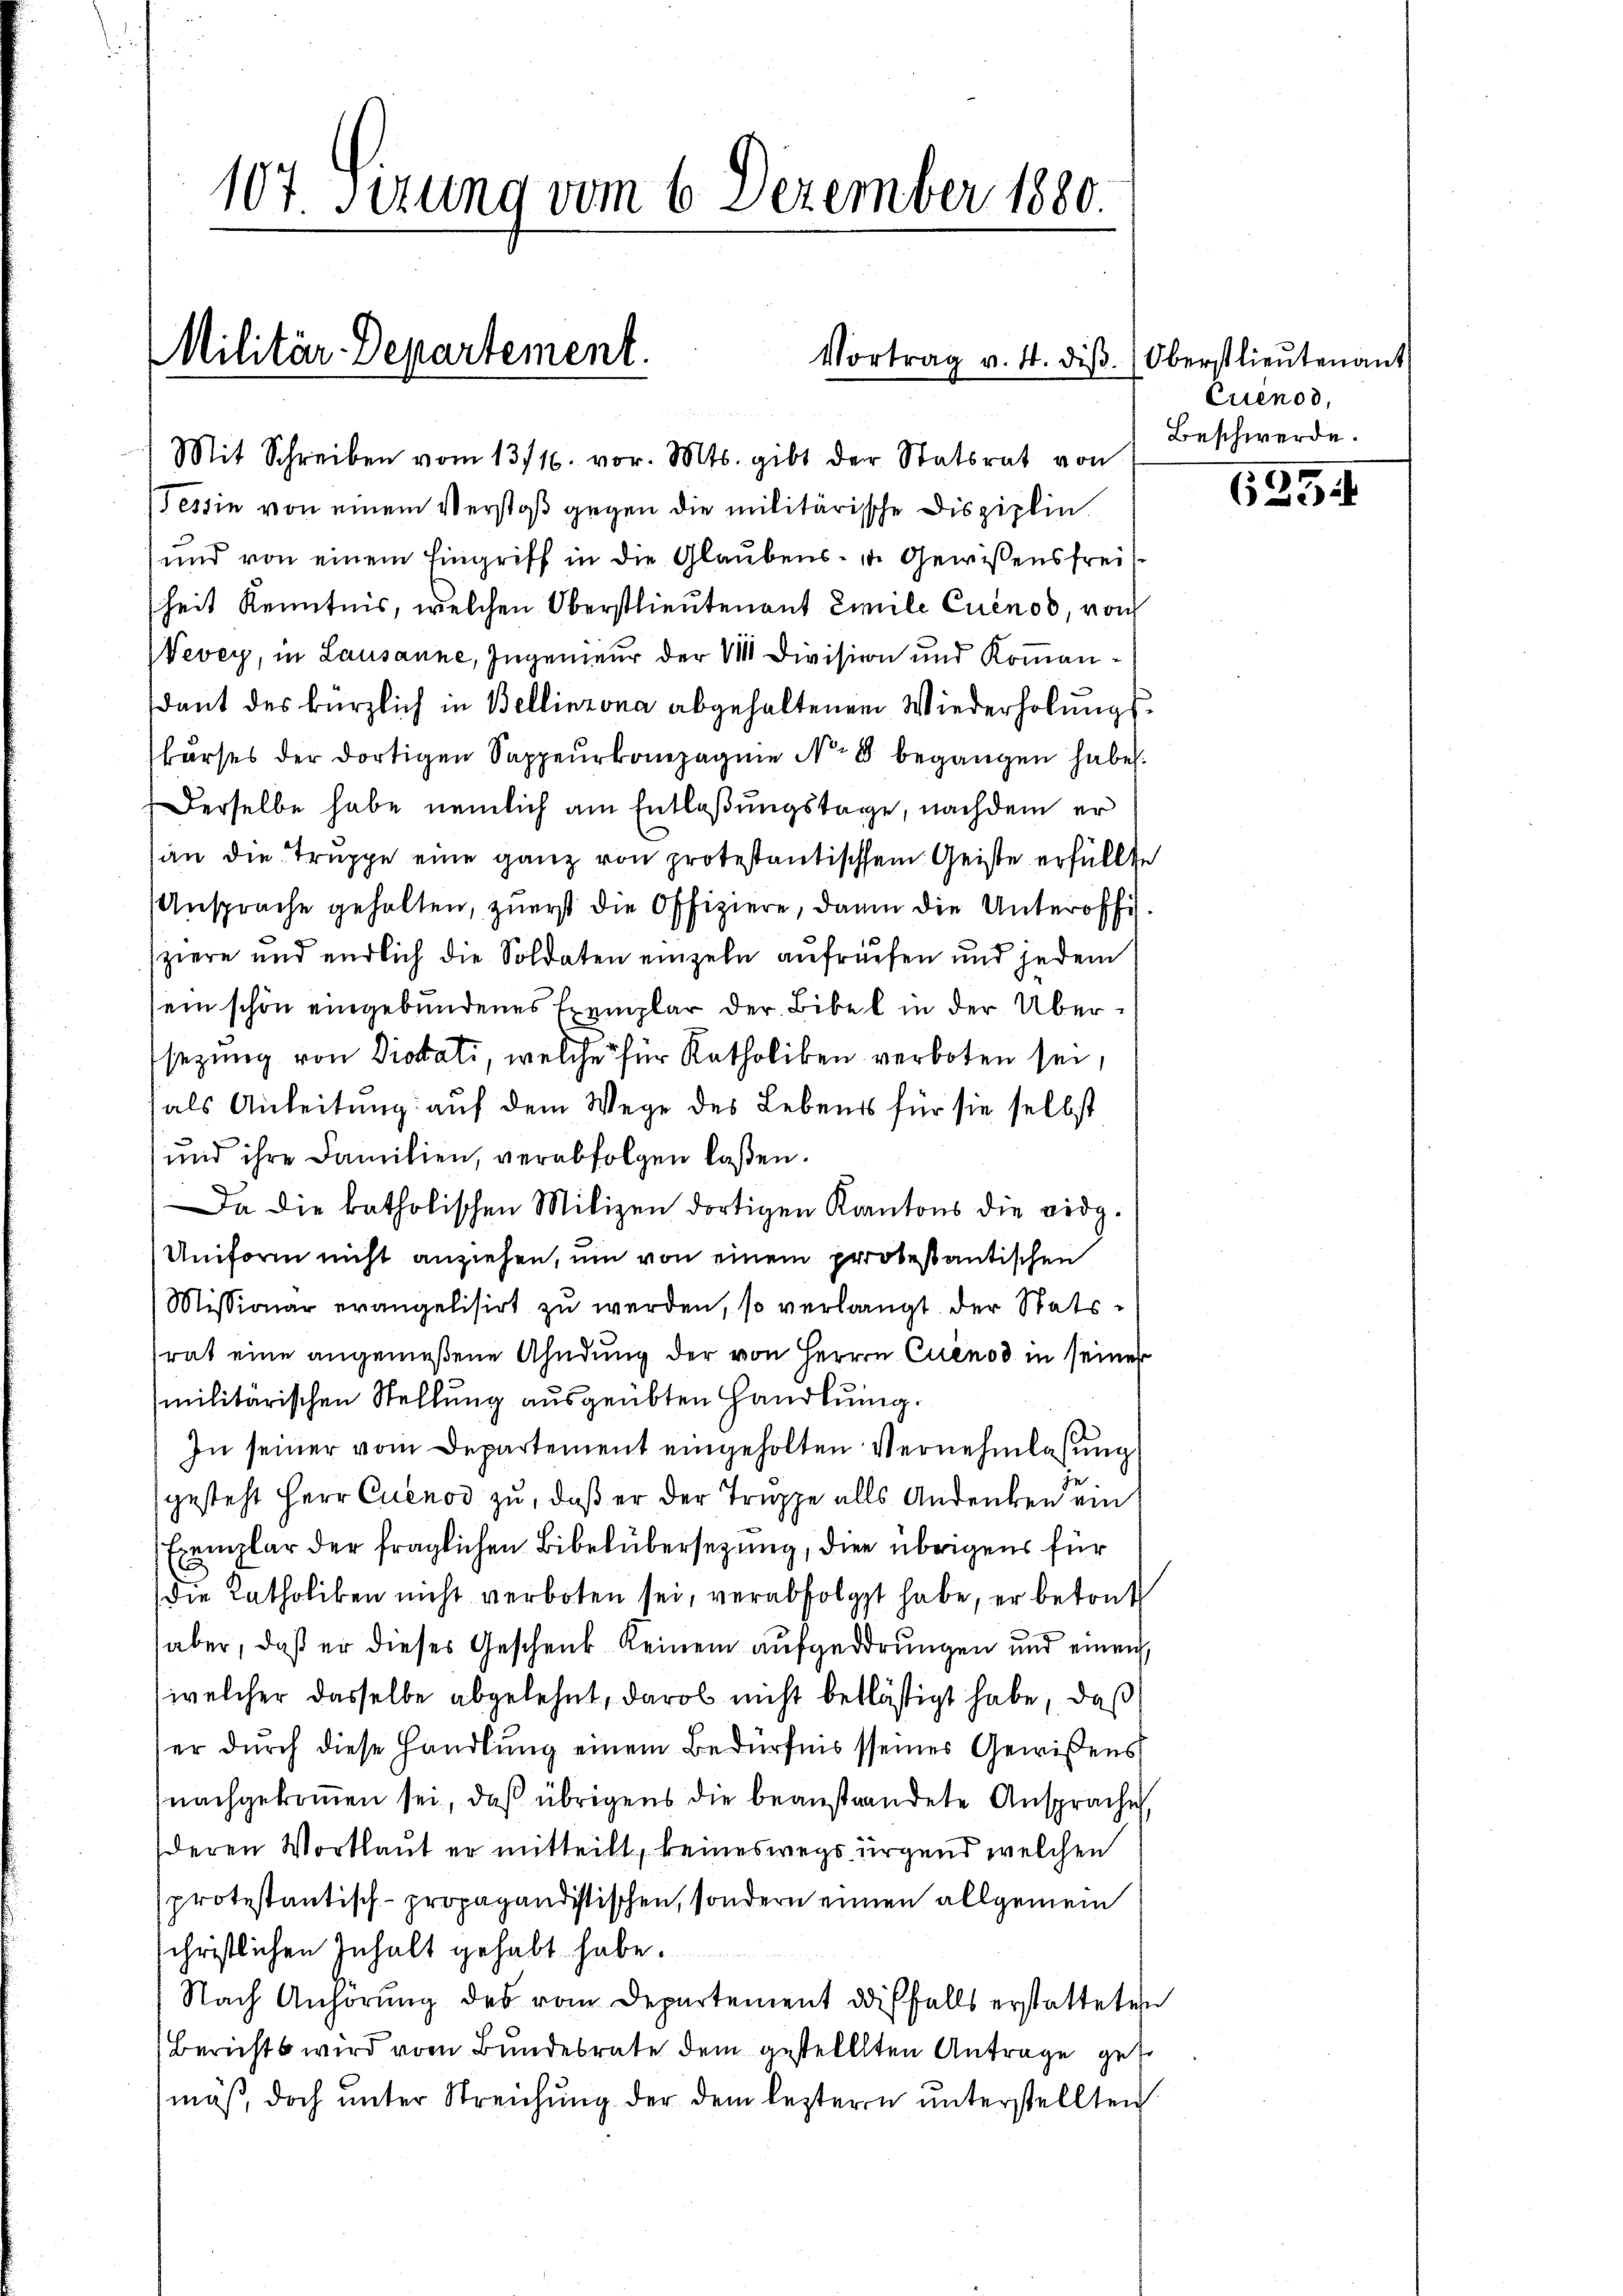
107. Setzung vom 6. Dezember 1880.

Militär-Departement.
) Mit Schreiben vom 13/16. vor. Mts. gibt der Statsrat von

Vortrag v. 4. diβ. (Oberstlieutenant

(Tessin von einem Verstoß gegen die militärische Disziplin.
und von einem Eingriff in die Glaubens- u. Gewissensfreis
heit Kenntnis, welchen Oberstlieutenant Emile Cuénod, vom
Vevey, in Lausanne, Ingenieur der V Division und Kommendant des kürzlich in Bellinzona abgehaltenen Wiederholungskurses der dortigen Sappeurkompagnie No 8 begangen habe.
Derselbe habe nemlich am Entlaßungstage, nachdem er
sin die Truppe eine ganz von protestantischem Geiste erfüllte
Ansprache gehalten, zuerst die Offiziere, dann die Unteroffi
sziere und endlich die Soldaten einzeln aufräufen und jedem
ein schön eingebundenes Exemplar der Bibel in der Übersezung von Distati, welche für Katholiken verboten sei,
als Anleitung auf dem Wege des Lebens für sie selbst
und ihre Familien, verabfolgen laßen.
Da die katholischen Milizen dortigen Kantons die eidg.
Uniform nicht anziehen, um von einem probestantischen
Missionar evangelisirt zu werden, so verlangt der Statsrat eine angemeßene Ahndung der von Herrn Cuenod in seiner
militärischen Stellung ausgeübten Handlung.
In seiner vom Departement eingeholten Vernehmlassung
gesteht Herr Cuenod zu, daß er der Truppe alls Andenken ein
Exemplar der fraglichen Bibelübersezung, die übrigens für
die Katholiken nicht verboten sei, verabfolgt habe, er betont
aber, daß er dieses Geschenk keinem aufgedrungen und einen
welcher dasselbe abgelehnt, darob nicht belästigt habe, daß
er durch diese Handlung einem Bedürfnis sseiner Gewißens
nachgekommen sei, daß übrigens die beanstandete Ansprache,
deren Wortlaut er mitteilt, keineswegs irgend welchen
protestantisch-propagandistischen, sondern einen allgemein
schriftlichen Inhalt gehabt habe.
Nach Anhörung des vom Departement ddisfalls erstatteten
Berichts wird vom Bundesrate dem gestellten Antrage getr
mäß, doch unter Streichung der dem lezteren unterstellten

Cuénod,
Beschwerde.

6254